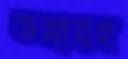
ভযাবহ